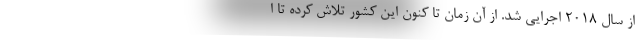
از سال 2018 اجرایی شد. از آن زمان تا کنون این کشور تلاش کرده تا ا